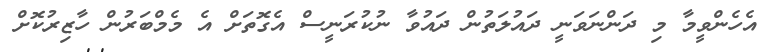
އެހެންވީމާ މި ދަންނަވަނީ ދައުލަތުން ދައުވާ ނުކުރަނީސް އެގޮތަށް އެ މެމްބަރުން ހާޒިރުކޮށް